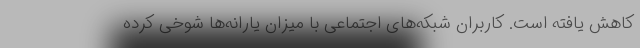
کاهش یافته است. کاربران شبکه‌های اجتماعی با میزان یارانه‌ها شوخی کرده